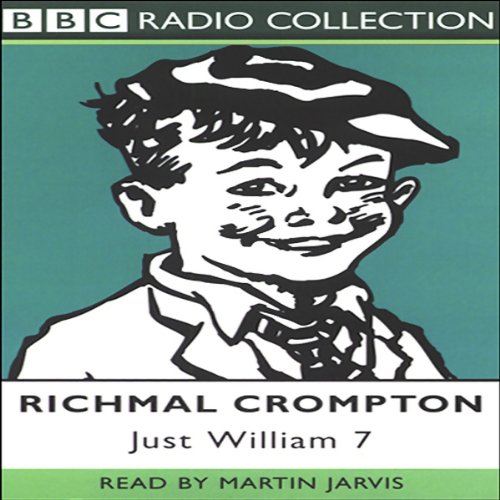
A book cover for Just William 7; Richmal Crompton; Sports & Outdoors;